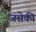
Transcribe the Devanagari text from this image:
जसेकी